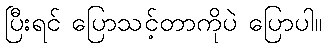
ပြီးရင် ပြောသင့်တာကိုပဲ ပြောပါ။